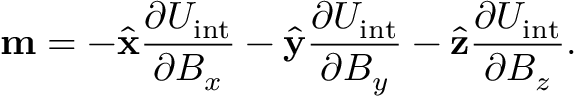
\mathbf { m } = - { \hat { \mathbf { x } } } { \frac { \partial U _ { \mathrm { { i n t } } } } { \partial B _ { x } } } - { \hat { \mathbf { y } } } { \frac { \partial U _ { \mathrm { { i n t } } } } { \partial B _ { y } } } - { \hat { \mathbf { z } } } { \frac { \partial U _ { \mathrm { { i n t } } } } { \partial B _ { z } } } .